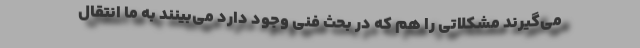
می‌گیرند مشکلاتی را هم که در بحث فنی وجود دارد می‌بینند به ما انتقال